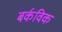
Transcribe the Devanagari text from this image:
बर्कविक